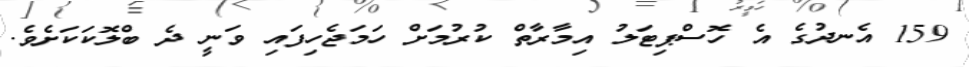
159 އެނދުގެ އެ ހޮސްޕިޓަލު އިމާރާތް ކުރުމަށް ހަމަޖެހިފައި ވަނީ ދެ ބްލޮކަކަށެވެ.